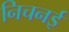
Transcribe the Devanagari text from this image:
निचनई